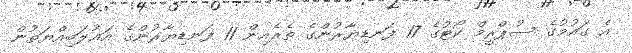
އެ ގައުމުގެ ސުޕްރީމް ކޯޓުގެ 17 ފަނޑިޔާރުންގެ ތެރެއިން 11 ފަނޑިޔާރުންގެ އަޣުލަބިއްޔަތުން